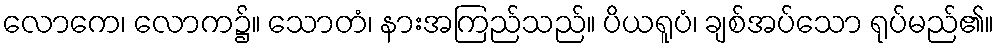
လောကေ၊ လောက၌။ သောတံ၊ နားအကြည်သည်။ ပိယရူပံ၊ ချစ်အပ်သော ရုပ်မည်၏။